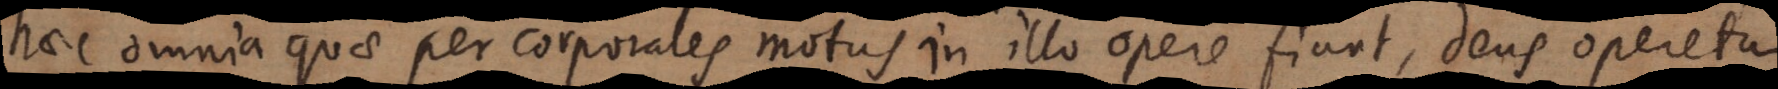
haec omnia quae per corporales motus in illo opere fiunt, Deus operetur.